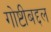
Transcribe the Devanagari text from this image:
गोष्टीबद्दल